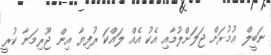
ނަބީލް ޢުމުރަށް ޖަލަށްލުމާއި އެކު އެއް ލައްކަ ރުފިޔާ އިން ޖޫރިމަނާ ކުރީ